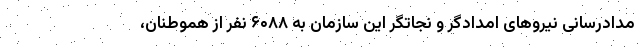
مدادرسانی نیرو‌های امدادگر و نجاتگر این سازمان به ۶۰۸۸ نفر از هموطنان،